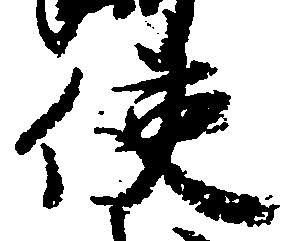
使